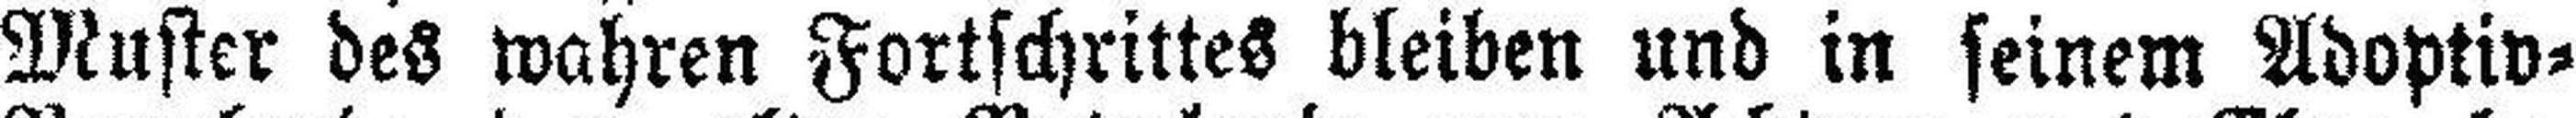
Muster des wahren Fortschrittes bleiben und in seinem Adoptiv=